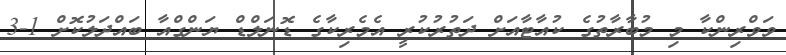
ވަވްރިންކާ މި މުބާރާތުގެ ކުއާޓާއަށް ދަތުރުކުރީ އެމެރިކާގެ ޑޮނަލްޑް ޔަންގްއާ ބައްދަލުކޮށް 1-3